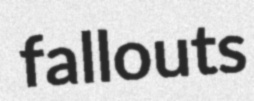
fallouts